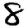
Digit: 8